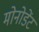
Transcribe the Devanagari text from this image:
मोनोडेंट